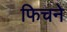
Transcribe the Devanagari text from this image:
फिचने